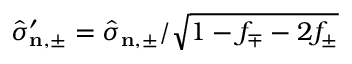
\hat { \sigma } _ { \mathbf { n } , \pm } ^ { \prime } = \hat { \sigma } _ { \mathbf { n } , \pm } / \sqrt { 1 - f _ { \mp } - 2 f _ { \pm } }